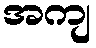
အကျ